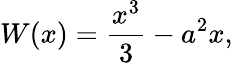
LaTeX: W(x)=\frac{x^{3}}{3}-a^{2}x,